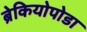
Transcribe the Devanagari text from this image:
ब्रेकियोपोडा